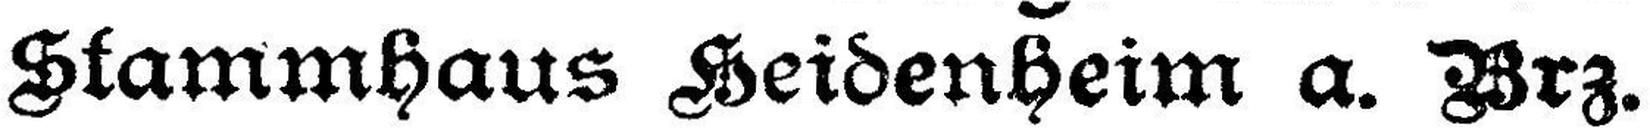
Stammhaus Heidenheim a. Brz.